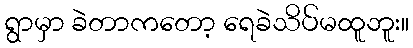
ရွာမှာ ခဲတာကတော့ ရေခဲသိပ်မထူဘူး။